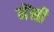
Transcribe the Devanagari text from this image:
नेंसी